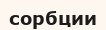
сорбции